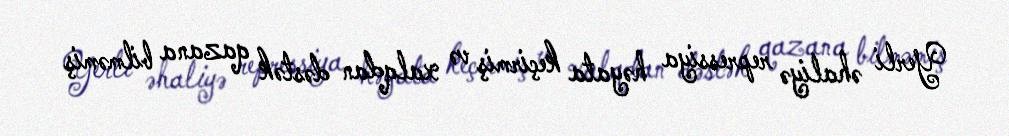
Yerli əhaliyə repressiya həyata keçirmiş və xalqdan dəstək qazana bilməmiş